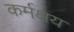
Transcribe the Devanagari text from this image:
कर्मक्षय